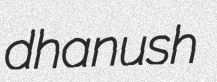
dhanush